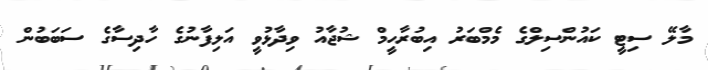
މާލޭ ސިޓީ ކައުންސިލްގެ މެމްބަރު އިބުރާހީމް ޝުޖާއު ވިދާޅުވީ އަލިފާނުގެ ހާދިސާގެ ސަބަބުން